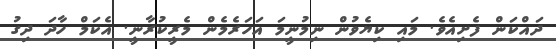
ދައްކަން ފެށިއެވެ. މައި ކިޔެވުން ނިމުނީމަ އަހަރެމެން މެރީކުރާނީ. އެކަމް ހާދަ ދިގު